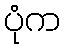
ပုံက